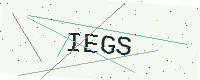
Text: IEGS